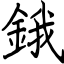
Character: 鋨